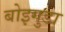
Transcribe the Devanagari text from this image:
बोइगुडा